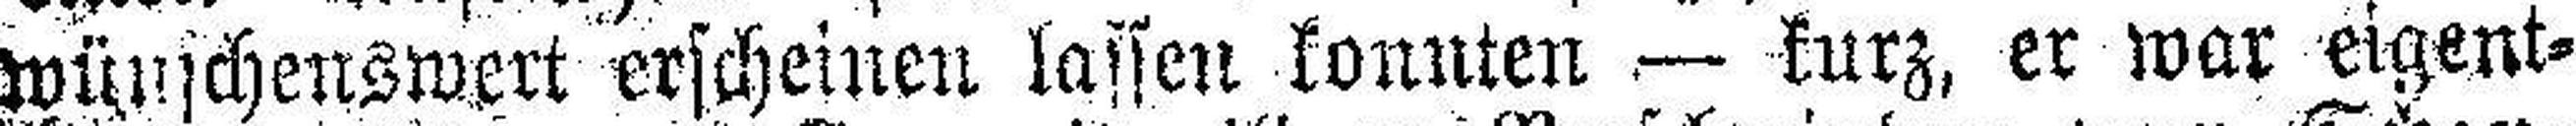
wünschenswert erscheinen lassen konnten — kurz, er war eigent¬